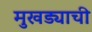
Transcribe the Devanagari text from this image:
मुखड्याची